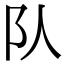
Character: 队